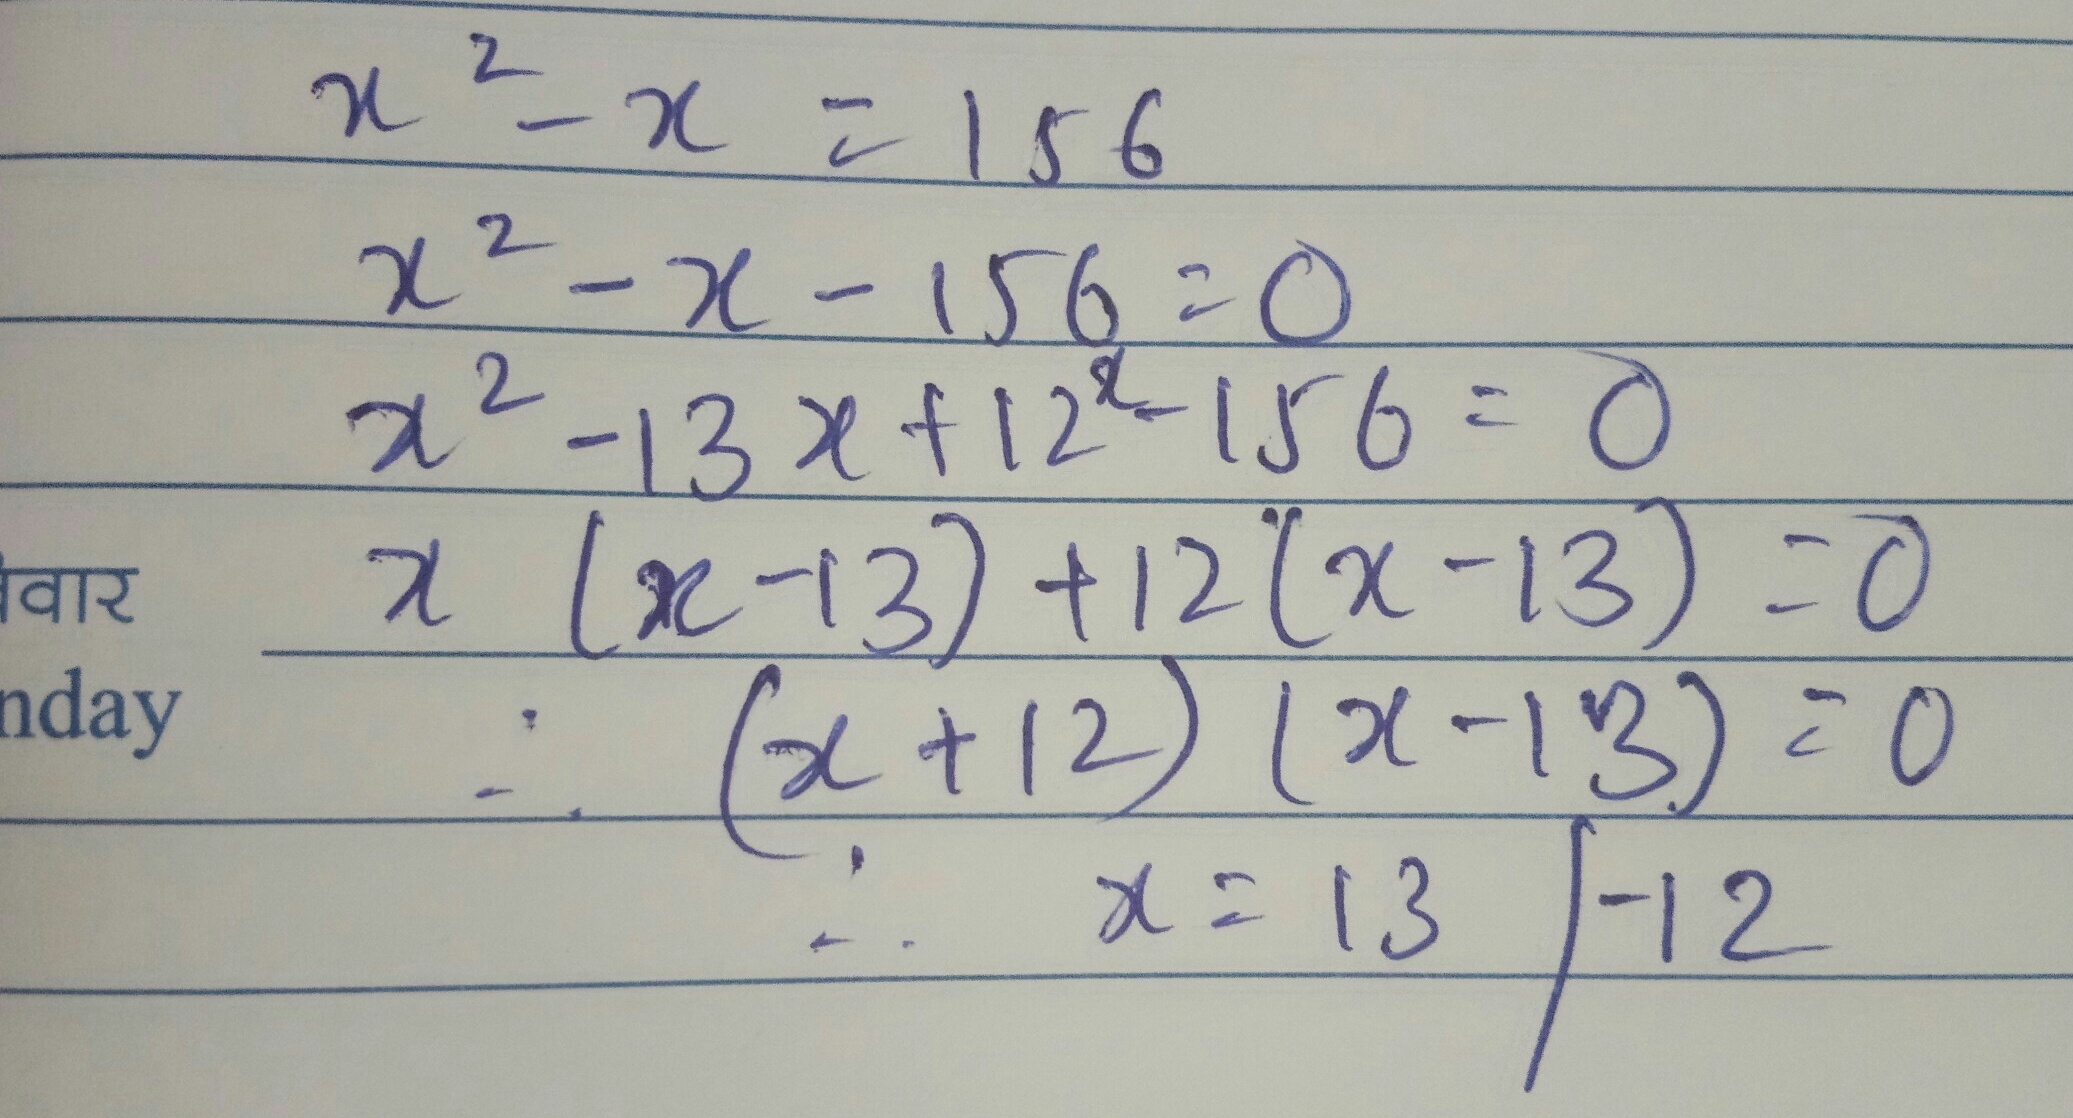
\[
\begin{align*}
x^{2}-x&=156\\
x^{2}-x - 156&=0\\
x^{2}-13x + 12x-156&=0\\
x(x - 13)+12(x - 13)&=0\\
(x + 12)(x - 13)&=0
\end{align*}
\]
\(\therefore x = 13\) 或 \(x = - 12\)